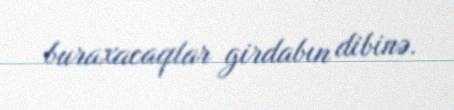
buraxacaqlar girdabın dibinə.